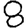
Digit: 8